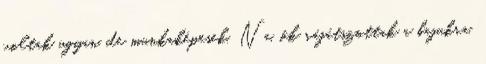
voltak ugyan, de munkaképesek. Na, ők rájátszottak a bajukra,